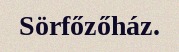
Sörfőzőház.